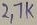
Text: 2.7K